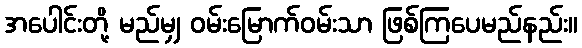
အပေါင်းတို့ မည်မျှ ဝမ်းမြောက်ဝမ်းသာ ဖြစ်ကြပေမည်နည်း။